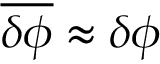
\overline { { \delta \phi } } \approx \delta \phi